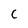
Character: C